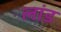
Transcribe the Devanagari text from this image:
लांड